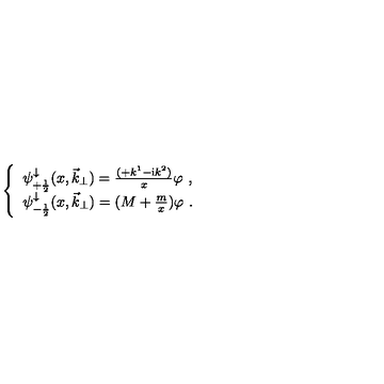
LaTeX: \left\{ \begin{array} { l } { \psi _ { + \frac { 1 } { 2 } } ^ { \downarrow } ( x , { \vec { k } } _ { \perp } ) = \frac { ( + k ^ { 1 } - { \mathrm i } k ^ { 2 } ) } { x } \varphi \ , } \\ { \psi _ { - \frac { 1 } { 2 } } ^ { \downarrow } ( x , { \vec { k } } _ { \perp } ) = ( M + \frac { m } { x } ) \varphi \ . } \\ \end{array} \right.